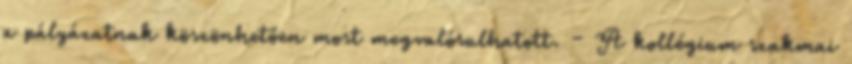
a pályázatnak köszönhetően most megvalósulhatott. – A kollégium szakmai